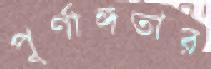
পূর্ণাঙ্গতার